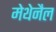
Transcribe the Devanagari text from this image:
मेथेनैल